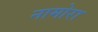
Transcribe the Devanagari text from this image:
नामोरा